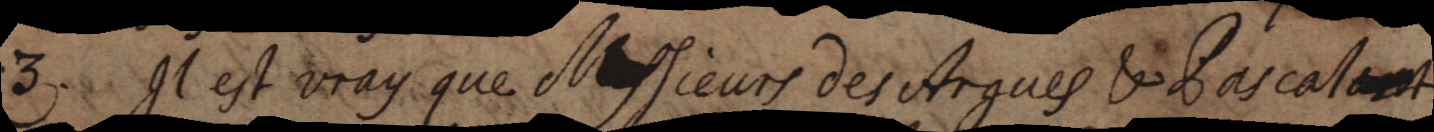
3. Il est vray que Messieurs des Argues & Pascal ont